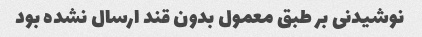
نوشیدنی بر طبق معمول بدون قند ارسال نشده بود